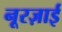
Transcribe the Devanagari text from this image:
नूरज़ाई